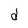
Character: d